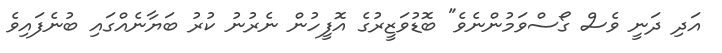
އަދި ދަނީ ވެސް ގޯސްވަމުންނެވެ" ބޮޑުވަޒީރުގެ އޮފީހުން ނެރުނު ކުރު ބަޔާނެއްގައި ބުނެފައިވެ